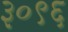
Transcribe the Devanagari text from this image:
३०९६